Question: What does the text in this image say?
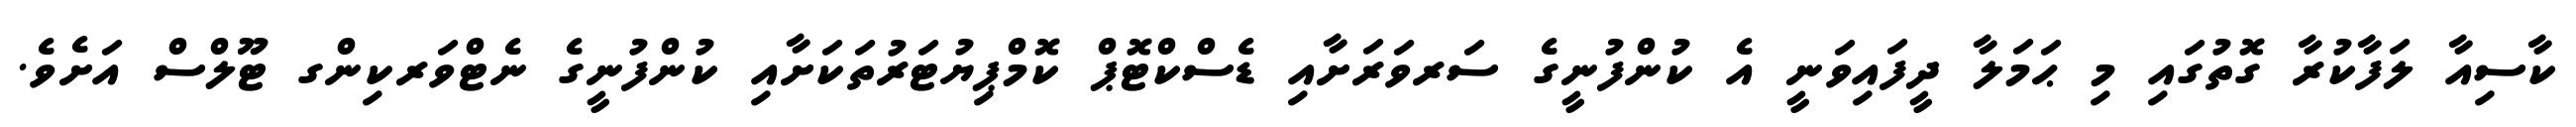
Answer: ކާސިއާ ލަފާކުރާ ގޮތުގައި މި ޙަމަލާ ދީފައިވަނީ އެ ކުންފުނީގެ ސަރވަރަށާއި ޑެސްކްޓޮޕް ކޮމްޕިޔުޓަރުތަކަށާއި ކުންފުނީގެ ނެޓްވަރކިންގ ޓޫލްސް އަށެވެ.